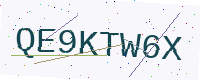
Text: QE9KTW6X